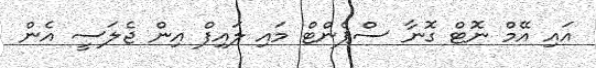
އައި އޭމް ނޮޓް ގޮނާ ސްޕެންޓް މައި ލައިފް އިން ޖެލަސީ އެން